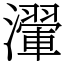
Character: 瀈